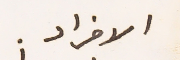
الافراد.